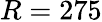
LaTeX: R=275